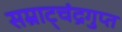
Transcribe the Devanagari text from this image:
सम्राट्चंद्रगुप्त